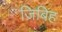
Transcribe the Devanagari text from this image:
ज़िबिह